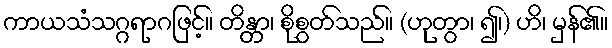
ကာယသံသဂ္ဂရာဂဖြင့်။ တိန္တာ၊ စိုစွတ်သည်။ (ဟုတွာ၊ ၍၊) ဟိ၊ မှန်၏။